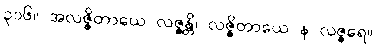
၃၁၆။ အလဇ္ဇိတာယေ လဇ္ဇန္တိ၊ လဇ္ဇိတာယေ န လဇ္ဇရေ။